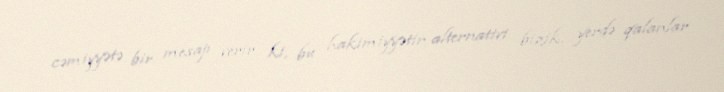
cəmiyyətə bir mesajı verir ki, bu hakimiyyətin alternativi bizik, yerdə qalanlar